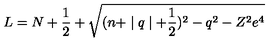
L = N + \frac 1 2 + \sqrt { ( n + \mid q \mid + \frac 1 2 ) ^ { 2 } - q ^ { 2 } - Z ^ { 2 } e ^ { 4 } }